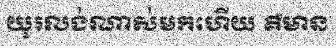
យូរលង់ណាស់មកហើយ គឺមាន